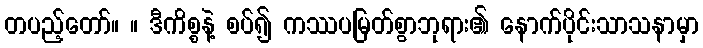
တပည့်တော်။ ။ ဒီကိစ္စနဲ့ စပ်၍ ကဿပမြတ်စွာဘုရား၏ နောက်ပိုင်းသာသနာမှာ